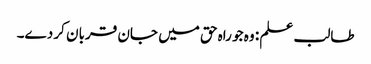
طالب علم : وہ جو راہ حق میں جان قربان کر دے۔